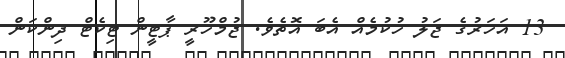
13 އަހަރުގެ ޖަލު ހުކުމެއް އެބަ އޮތެވެ. ޖުމްހޫރީ ޕާޓީން ޓިކެޓް ދިންކަން